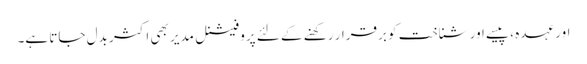
اور عہدہ ، پیسے اور شناخت کو برقرار رکھنے کے لئے پروفیشنل مدیر بھی اکثر بدل جاتا ہے۔